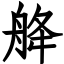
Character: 舽